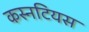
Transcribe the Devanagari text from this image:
कस्नटियस